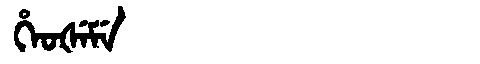
Manchu: ᡥᡝᠣᡧᡝᠮᡝ
Romanization: HEOŠEME